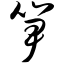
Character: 笋